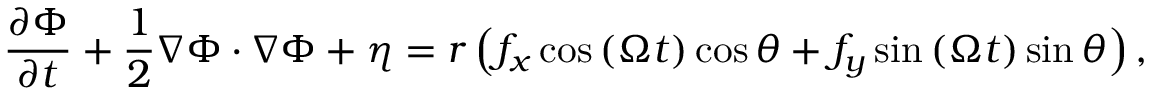
\frac { \partial \Phi } { \partial t } + \frac { 1 } { 2 } \nabla \Phi \cdot \nabla \Phi + \eta = r \left( f _ { x } \cos { \left( \Omega t \right) } \cos { \theta } + f _ { y } \sin { \left( \Omega t \right) } \sin { \theta } \right) ,